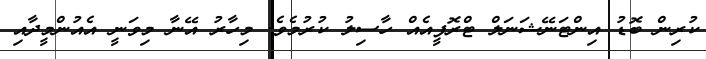
ކުރިން ބޮޑު އިންޓަނޭޝަނަލް ޓްރޮފީއެއް ހާސިލު ކުރުމެވެ. މިހާރު އޭނާ މިވަނީ އެއުންމީދާއި